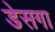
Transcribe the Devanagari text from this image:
डेसगा